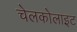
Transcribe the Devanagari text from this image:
चेलकोलाइट